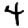
Digit: 4